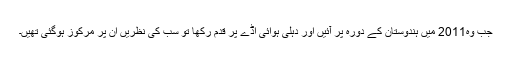
جب وہ2011 میں ہندوستان کے دورہ پر آئیں اور دہلی ہوائی اڈّے پر قدم رکھا تو سب کی نظریں ان پر مرکوز ہوگئی تھیں۔